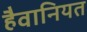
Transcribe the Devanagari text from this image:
हैवानियत